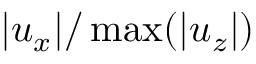
| u _ { x } | / \operatorname* { m a x } ( | u _ { z } | )